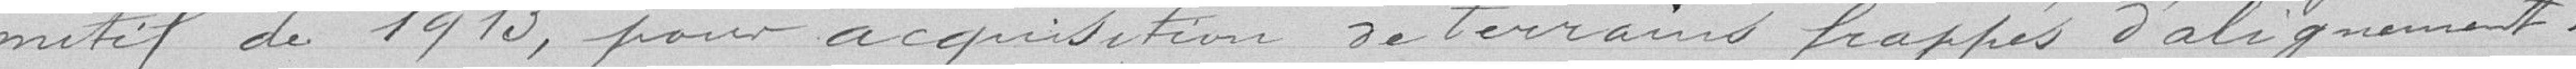
motif de 1910, pour acquisition de terrains frappés d'alignement.